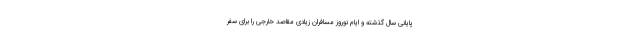
پایانی سال گذشته و ایام نوروز مسافران زیادی مقاصد خارجی را برای سفر